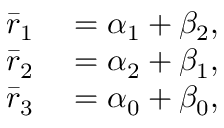
\begin{array} { r l } { \bar { r } _ { 1 } } & { { } = \alpha _ { 1 } + \beta _ { 2 } , } \\ { \bar { r } _ { 2 } } & { { } = \alpha _ { 2 } + \beta _ { 1 } , } \\ { \bar { r } _ { 3 } } & { { } = \alpha _ { 0 } + \beta _ { 0 } , } \end{array}